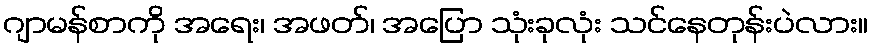
ဂျာမန်စာကို အရေး၊ အဖတ်၊ အပြော သုံးခုလုံး သင်နေတုန်းပဲလား။